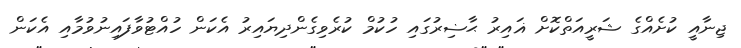
ޖިނާއީ ކުށެއްގެ ޝަރީއަތްކޮށް ޣައިރު ޙާޟިރުގައި ހުކުމް ކުރެވިގެންދިޔައިރު އެކަން ހުއްޓުވާފައިނުވުމާއި އެކަން